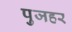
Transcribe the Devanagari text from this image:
पुजहर